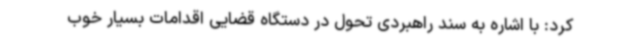
کرد: با اشاره به سند راهبردی تحول در دستگاه قضایی اقدامات بسیار خوب